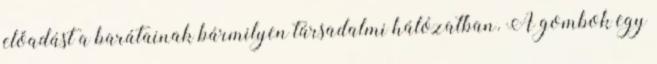
előadást a barátainak bármilyen társadalmi hálózatban. A gombok egy